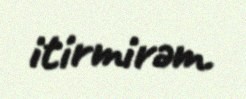
itirmirəm.